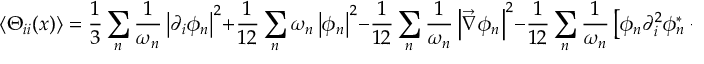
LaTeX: \left\langle \Theta _ { i i } ( x ) \right\rangle = \frac { 1 } { 3 } \sum _ { n } \frac { 1 } { \omega _ { n } } \left| \partial _ { i } \phi _ { n } \right| ^ { 2 } + \frac { 1 } { 1 2 } \sum _ { n } \omega _ { n } \left| \phi _ { n } \right| ^ { 2 } - \frac { 1 } { 1 2 } \sum _ { n } \frac { 1 } { \omega _ { n } } \left| \vec { \nabla } \phi _ { n } \right| ^ { 2 } - \frac { 1 } { 1 2 } \sum _ { n } \frac { 1 } { \omega _ { n } } \left[ \phi _ { n } \partial _ { i } ^ { 2 } \phi _ { n } ^ { * } + \left( \partial _ { i } ^ { 2 } \phi _ { n } \right) \phi _ { n } ^ { * } \right]